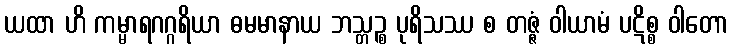
ယထာ ဟိ ကမ္မာရဂဂ္ဂရိယာ ဓမမာနာယ ဘသ္တဉ္စ ပုရိသဿ စ တဇ္ဇံ ဝါယာမံ ပဋိစ္စ ဝါတော